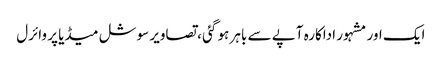
ایک اور مشہور اداکارہ آپے سے باہر ہو گئی ، تصاویر سوشل میڈیا پر وائرل